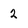
Character: 2